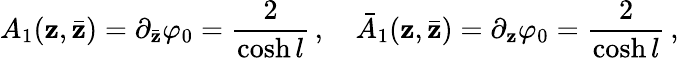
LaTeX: A_{1}(\mathbf{z},\bar{{\mathbf{z}}})=\partial_{\bar{{\mathbf{z}}}}\varphi_{0}=\frac{{2}}{{\cosh{l}}}\, ,\quad\bar{{A}}_{1}(\mathbf{z},\bar{{\mathbf{z}}})=\partial_{\mathbf{z}}\varphi_{0}=\frac{{2}}{{\cosh{l}}}\, ,